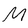
Character: M